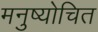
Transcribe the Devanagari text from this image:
मनुष्योचित